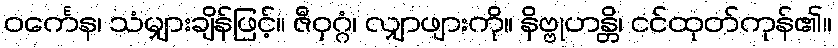
ဝင်္ကေန၊ သံမျှားချိန်ဖြင့်။ ဇီဝှဂ္ဂံ၊ လျှာဖျားကို။ နိဗ္ဗုဟန္တိ၊ ငင်ထုတ်ကုန်၏။